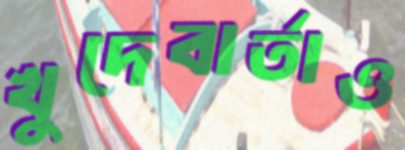
খুদেবার্তাও